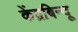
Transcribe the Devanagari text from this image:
केंद्रबिन्दू